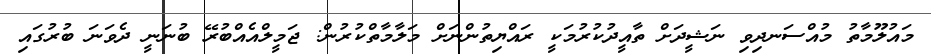
މައުލޫމާތު މުއްސަނދިވި ނަޝީދަށް ތާއީދުކުރުމަކީ ރައްޔިތުންނަށް މަލާމާތްކުރުން: ޖަމީލްއެއްބުރޭ ބުނަނީ ދެވަނަ ބުރުގައި